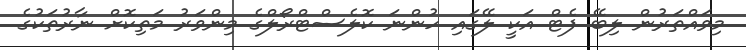
މިވައްތަރުން ލިބޭ ފެޓް އަކީ ލޭގައި ހުންނަ ކޮލެސްޓްރޯލްގެ މިންވަރު މަތިކޮށް ނާރުތަކުގެ